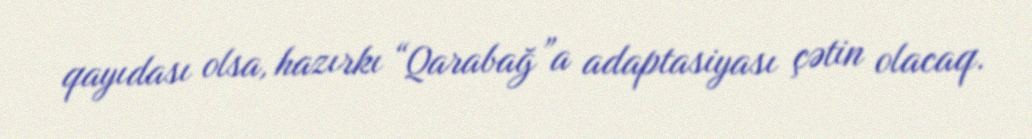
qayıdası olsa, hazırkı “Qarabağ”a adaptasiyası çətin olacaq.